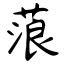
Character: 蒗